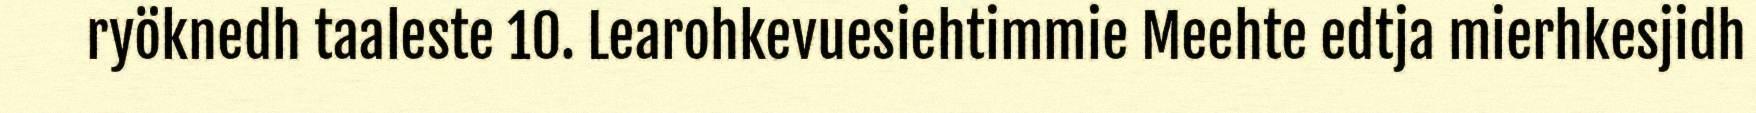
ryöknedh taaleste 10. Learohkevuesiehtimmie Meehte edtja mierhkesjidh